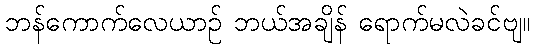
ဘန်ကောက်လေယာဉ် ဘယ်အချိန် ရောက်မလဲခင်ဗျ။